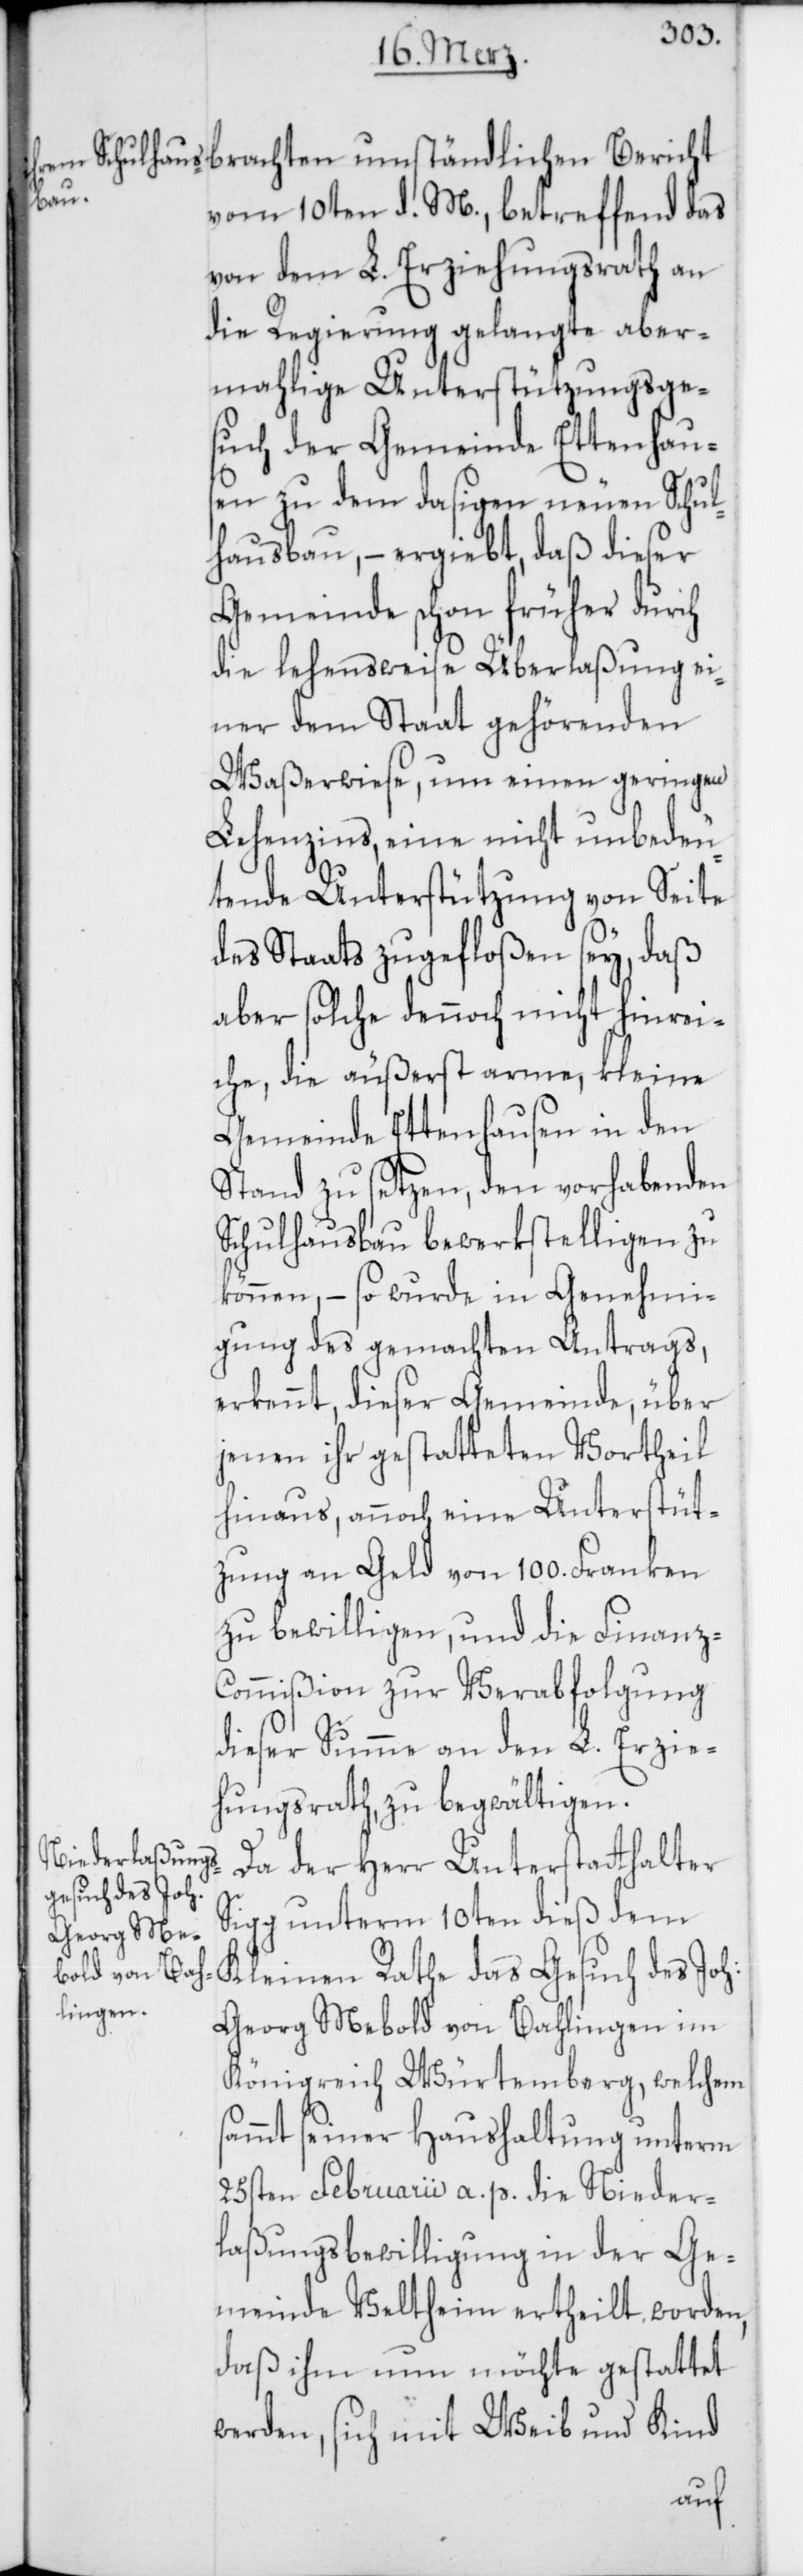
vom 10ten d. M., betreffend das
von dem L. Erziehungsrath an
die Regierung gelangte aber¬
mahlige Unterstützungsge¬
such der Gemeinde Ettenhau¬
sen zu dem dasigen neuen Schul¬
hausbau, – ergiebt, daß dieser
Gemeinde schon früher durch
die lehensweise Überlaßung ei¬
ner dem Staat gehördenden
Waßerwiese, um einen geringen
Lehenzins, eine nicht unbedeu¬
tende Unterstützung von Seite
des Staats zugefloßen sey, daß
aber solche dennoch nicht hinrei¬
che, die äußerst arme, kleine
Gemeinde Ettenhausen in den
Stand zu setzen, den vorhabenden
Schulhausbau bewerkstelligen zu
können, – so wurde in Genehmi¬
gung des gemachten Antrags,
erkennt, dieser Gemeinde, über
jenen ihr gestatteten Vortheil
hinaus, annoch eine Unterstüt¬
zung an Geld von 100. Franken
zu bewilligen, und die Finanz-C¬
ommißion zur Verabfolgung
dieser Summe an den L. Erzie¬
hungsrath zu begwältigen.
Da der Herr Unterstatthalter
Sigg unterm 10ten dieß dem
Kleinen Rathe das Gesuch des Joh:
Georg Mebold von Bahlingen im
Königreich Würtemberg, welchem
sammt seiner Haushaltung unterm
25sten Februarii a. p. die Nieder¬
laßungsbewilligung in der Ge¬
meinde Veltheim ertheilt worden,
daß ihm nun möchte gestattet
werden, sich mit Weib und Kind